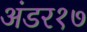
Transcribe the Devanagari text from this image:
अंडर१७